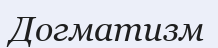
Догматизм